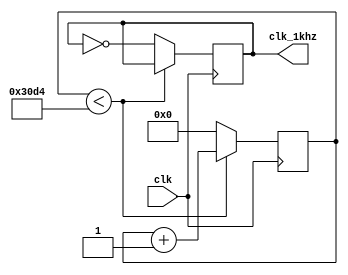
module counter(input clk, output clk_1khz);
reg [14:0] cnt=0; 
reg clk_1khz=0;

always @(posedge clk) begin     /* 25Mhz Ŭ 1khz ش */
    if (cnt<12500) begin        /* cnt 12500  */
        cnt <= cnt + 1;         /* cnt 1 ش */
    end else begin              /* 12500 Ǹ */
        cnt <= 0;               /* cnt 0 ʱȭϰ */
        clk_1khz <= ~clk_1khz;  /* 1khz Ŭ  ֱ⸦ Ѵ */ 
    end
end

endmodule